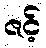
ဇင့်